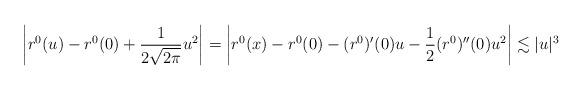
LaTeX: \begin{align*} \left| r^0 (u) - r^0 (0) + \frac{1}{2 \sqrt{2 \pi}} u^2 \right| = \left| r^0 (x) - r^0 (0) - (r^0)' (0) u - \frac{1}{2} (r^0)'' (0) u^2 \right| \lesssim | u |^3 \end{align*}